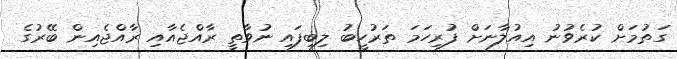
ގަތުމަށް ކުރެވުނު އިއުލާނަށް ފުރިހަމަ ތަރުހީބު ލިބިފައި ނުވާތީ ރާއްޖެއާއި ރާއްޖެއިން ބޭރުގެ